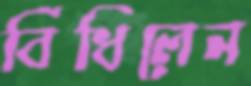
বিঁধিলেন